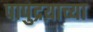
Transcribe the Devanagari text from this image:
पापुद्रय़ाच्या